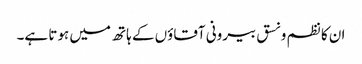
ان کا نظم و نسق بیرونی آقاؤں کے ہاتھ میں ہوتا ہے۔